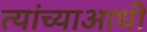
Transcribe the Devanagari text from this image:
त्यांच्याआधी